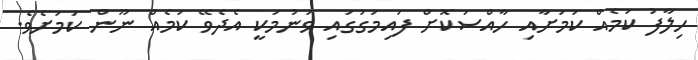
ހިލާފު ކަމެއް ކަމަށާއި ހާއްސަކޮށް ފައިމަގުގައި ވަނުމަކީ އެދެވޭ ކަމެއް ނޫން ކަމަށެވެ.